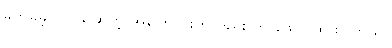
ခက်ခဲခဲ့ပါတယ်ဆိုတဲ့ အကြောင်းကိုလည်း က ဖော်ပြထားပါတယ်။